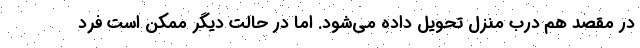
در مقصد هم درب منزل تحویل داده می‌شود. اما در حالت دیگر ممکن است فرد